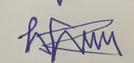
Signature authenticity: forged